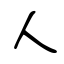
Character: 人